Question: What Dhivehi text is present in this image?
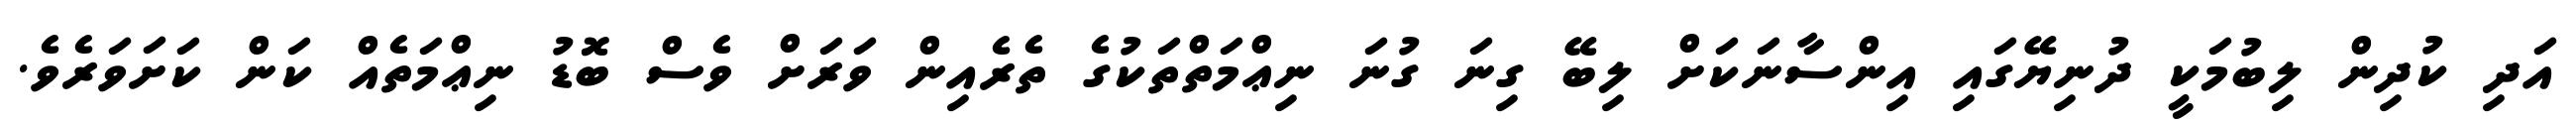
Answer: އަދި ކުދިން ލިބުމަކީ ދުނިޔޭގައި އިންސާނަކަށް ލިބޭ ގިނަ ގުނަ ނިޢްމަތްތަކުގެ ތެރެއިން ވަރަށް ވެސް ބޮޑު ނިޢްމަތެއް ކަން ކަށަވަރެވެ.